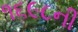
૧૬૯૮ની